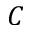
{ \cal C }